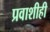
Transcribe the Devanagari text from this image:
प्रवाशीही